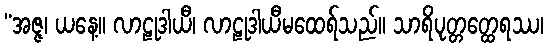
“အဇ္ဇ၊ ယနေ့။ လာဠုဒါယီ၊ လာဠုဒါယီမထေရ်သည်။ သာရိပုတ္တတ္ထေရဿ၊